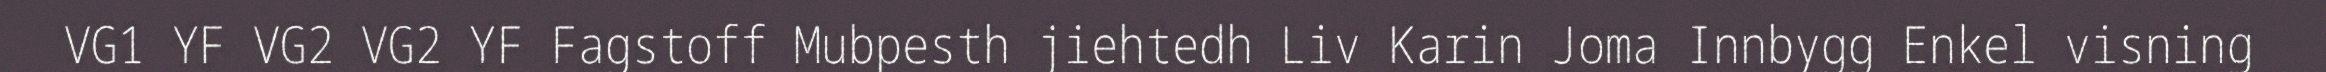
VG1 YF VG2 VG2 YF Fagstoff Mubpesth jiehtedh Liv Karin Joma Innbygg Enkel visning